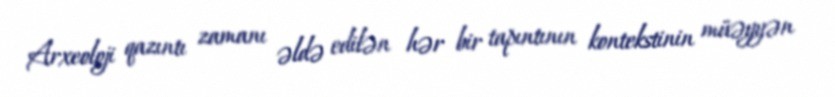
Arxeoloji qazıntı zamanı əldə edilən hər bir tapıntının kontekstinin müəyyən